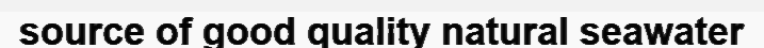
source of good quality natural seawater